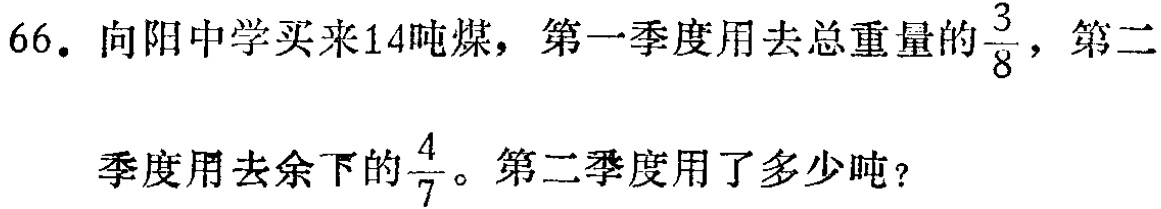
66. 向阳中学买来14吨煤，第一季度用去总重量的$\frac{3}{8}$，第二季度用去余下的$\frac{4}{7}$。第二季度用了多少吨？